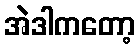
အဲဒါကတော့